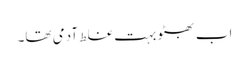
اب بھٹو بہت غلط آدمی تھا۔